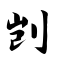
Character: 剀